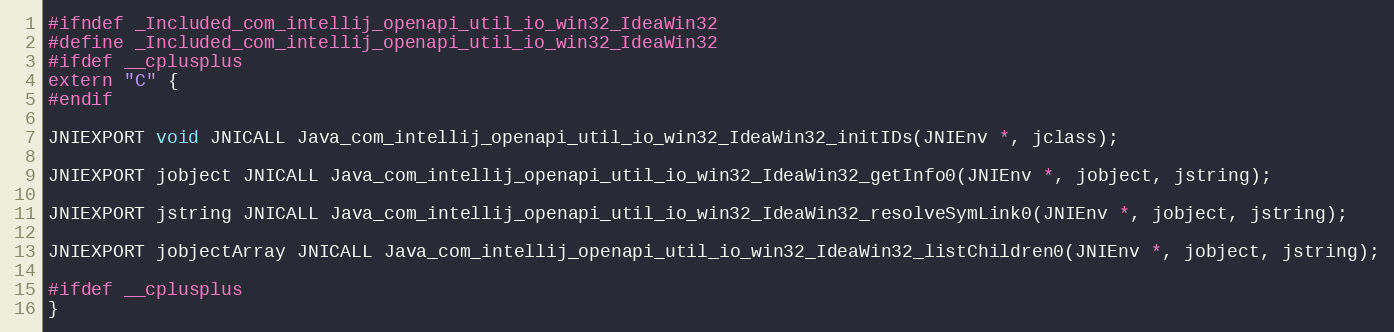
Language: C
#ifndef _Included_com_intellij_openapi_util_io_win32_IdeaWin32
#define _Included_com_intellij_openapi_util_io_win32_IdeaWin32
#ifdef __cplusplus
extern "C" {
#endif

JNIEXPORT void JNICALL Java_com_intellij_openapi_util_io_win32_IdeaWin32_initIDs(JNIEnv *, jclass);

JNIEXPORT jobject JNICALL Java_com_intellij_openapi_util_io_win32_IdeaWin32_getInfo0(JNIEnv *, jobject, jstring);

JNIEXPORT jstring JNICALL Java_com_intellij_openapi_util_io_win32_IdeaWin32_resolveSymLink0(JNIEnv *, jobject, jstring);

JNIEXPORT jobjectArray JNICALL Java_com_intellij_openapi_util_io_win32_IdeaWin32_listChildren0(JNIEnv *, jobject, jstring);

#ifdef __cplusplus
}